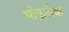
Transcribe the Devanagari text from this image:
भोकरीचा